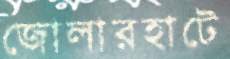
জোলারহাটে